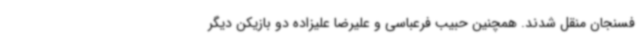
فسنجان منقل شدند. همچنین حبیب فرعباسی و علیرضا علیزاده دو بازیکن دیگر